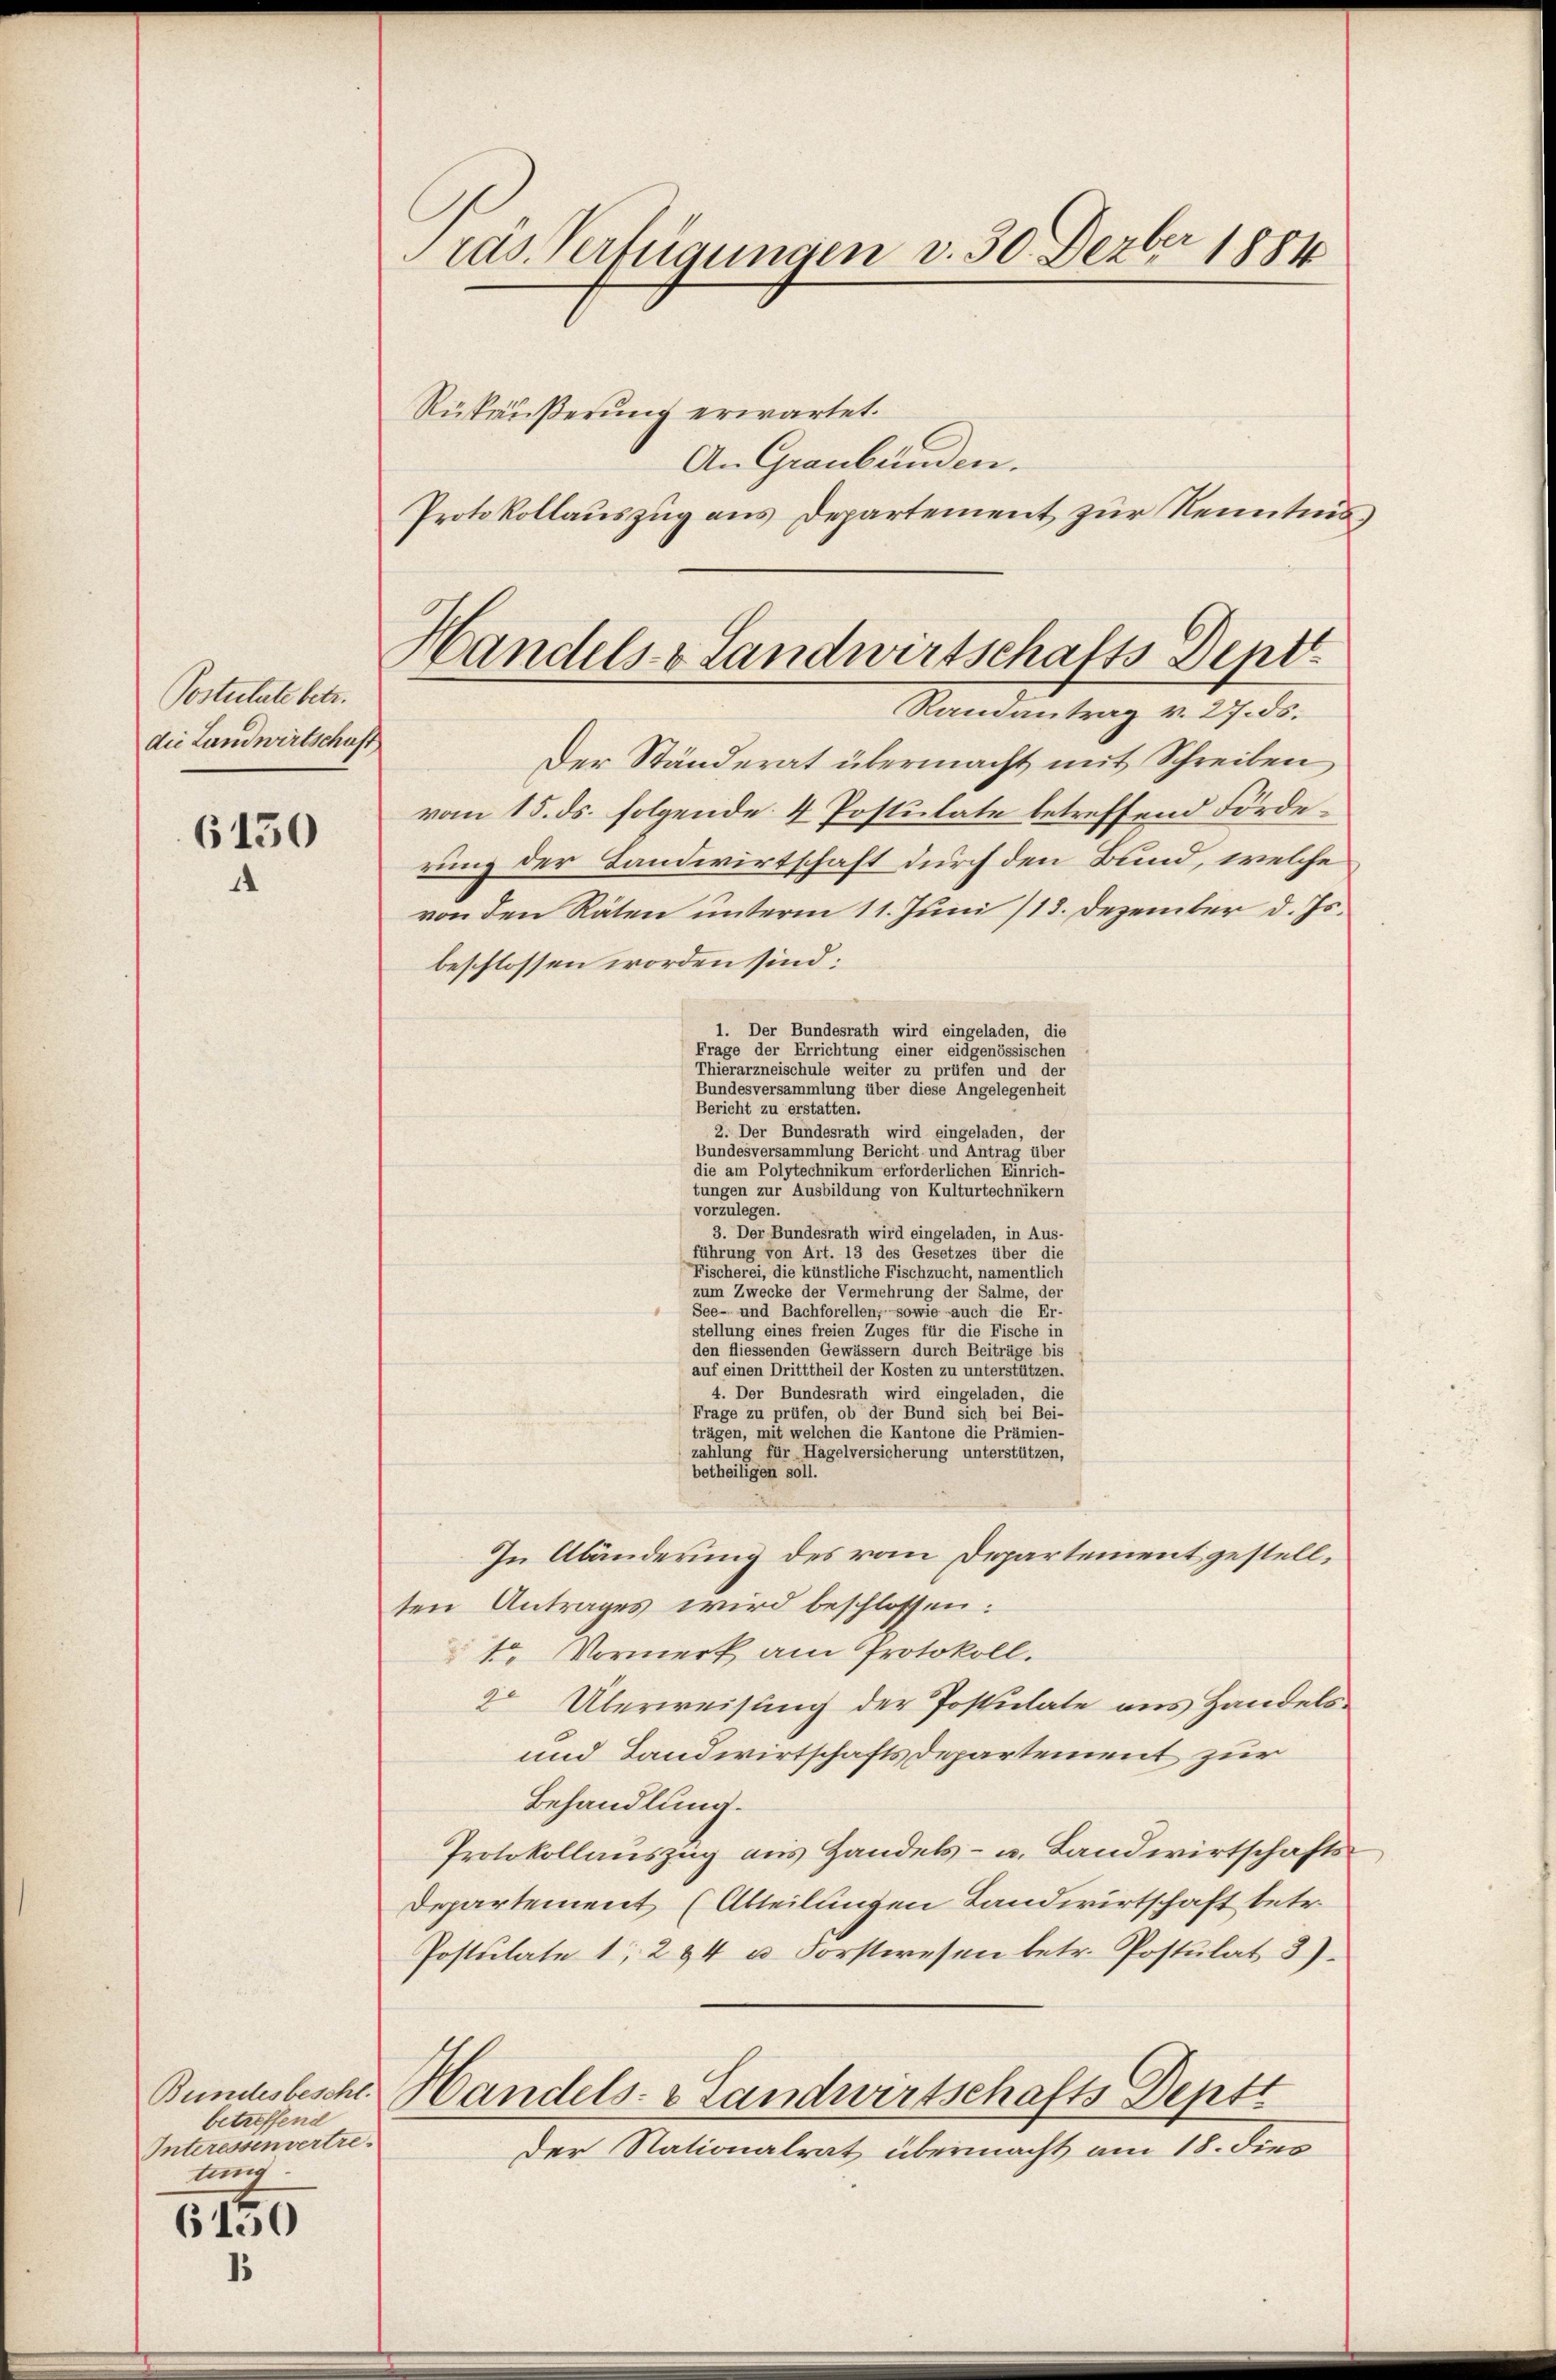
Postulate betr.
die Landwirtschaft

6130
1

betreffend
Interessenvertre-
tung

6150
1

Tras. Verfügungen v. 30. Dezbr 1884

Rükäußerung erwartet.
An Graubünden.
Protokollauszug aus Departement zur Kenntnis¬
Der Ständerat übermacht mit Schreiben
vom 15. ds. folgende 4 Postulate betreffend Förderung der Landwirtschaft durch den Bund, welche
von den Räten unterm 11. Juni /13. Dezember d. Js.
beschlossen worden sind:
1. Der Bundesrath wird eingeladen, die
Frage der Errichtung einer eidgenössischen
Thierarzneischule weiter zu prüfen und der
Bundesversammlung über diese Angelegenheit
Bericht zu erstatten.
2. Der Bundesrath wird eingeladen, der
Bundesversammlung Bericht und Antrag über
die am Polytechnikum erforderlichen Einrich-
tungen zur Ausbildung von Kulturtechnikern
vorzulegen.
3. Der Bundesrath wird eingeladen, in Aus-
führung von Art. 13 des Gesetzes über die
Fischerei, die künstliche Fischzucht, namentlich
zum Zwecke der Vermehrung der Salme, der
See- und Bachforellen, sowie auch die Er-
stellung eines freien Zuges für die Fische in
den sei es seinen einen der eines einen durch Beitrage dies
auf einen Dritttheil der Kosten zu unterstützen.
4. Der Bundesrath wird eingeladen, die
Frage zu prüfen, ob der Bund sich bei Bei-
trägen, mit welchen die Kantone die Prämien-
zahlung für Hagelversicherung unterstützen,
betheiligen soll.
In Abänderung des von Departement gestellten Antrages wird beschlossen:
t Vormerk am Protokoll.
2. Überweisung der Postulate aus Handels¬
und Landwirtschaftsdepartement zur
Behandlung.
Protokollauszug aus Handels- u. Landwirtschafts¬
Departement (Abteilungen Landwirtschaft betr.
Postulate 1 294 u. Forstwesen betr. Postulat 3)
Bundesbesche Handels- & Landwirtschafts Deptt
Der Nationalrat übermacht am 18. dies

Handels- & Landwirtschafts Dentt
Randantrag v. 27. ds.